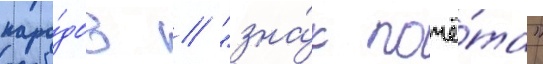
наро́дов / "зна́к почё́та"